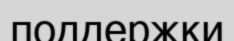
поддержки